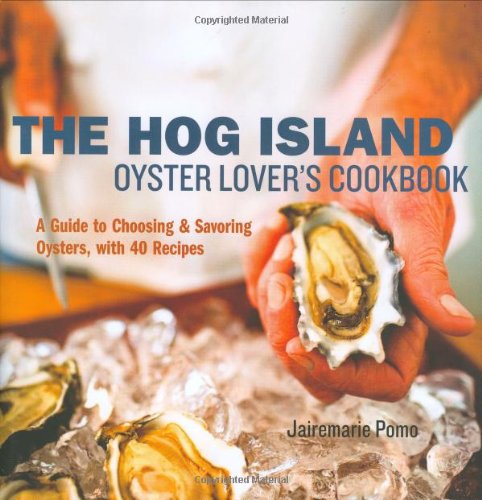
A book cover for The Hog Island Oyster Lover's Cookbook: A Guide to Choosing and Savoring Oysters, with 40 Recipes; Jairemarie Pomo; Cookbooks, Food & Wine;